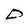
Character: D